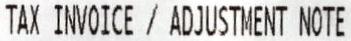
TAX INVOICE / ADJUSTMENT NOTE